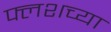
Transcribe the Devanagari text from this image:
फ्लशच्या